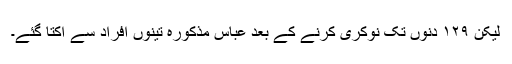
لیکن ۱۲۹ دنوں تک نوکری کرنے کے بعد عباس مذکورہ تینوں افراد سے اُکتا گئے۔